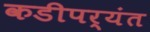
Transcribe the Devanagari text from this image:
कडीपर्यंत